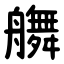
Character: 䒉